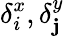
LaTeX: \delta_{i}^{x},\delta_{\mathbf{j}}^{y}